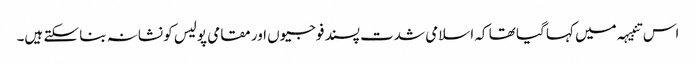
اس تنبیہہ میں کہا گیا تھا کہ اسلامی شدت پسند فوجیوں اور مقامی پولیس کو نشانہ بنا سکتے ہیں۔